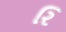
રિ